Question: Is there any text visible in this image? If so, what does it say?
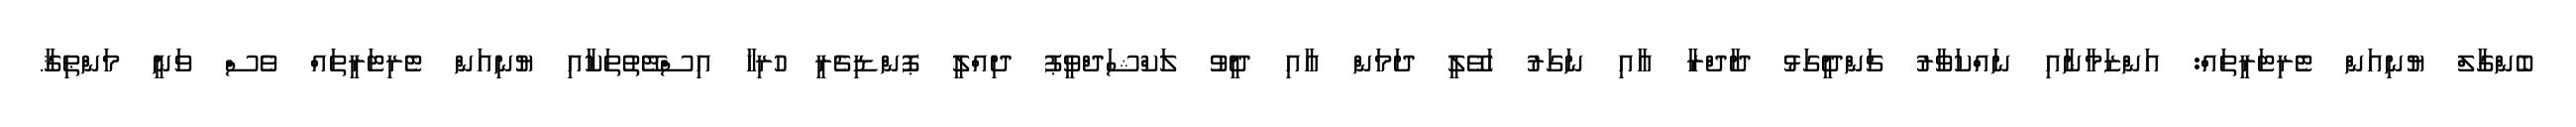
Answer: ބެންގާލް ޔުނިއަން ޓެރިޓަރީތައް: އަންޒަމާނާއި ނައްކަވާރު ޗަންދީގަޅު ދާދްރާ އާއި ނަގަރު ހަވޭލީ ދަމަން އާއި ދީވު ލަކްޝަދްވީޕު ދިއްލީ ޕޮންޑިޗެރީ ހުރިހާ އިސްޓޭތުތަކާއި ޔުނިއަން ޓެރިޓަރީތައް ވެސް ވަނީ މަންޠިޤާ.